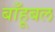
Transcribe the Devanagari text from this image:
बाँहूबल